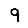
Digit: 9